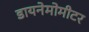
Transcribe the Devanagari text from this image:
डायनेमोमीटर